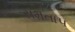
સમતાપ